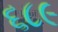
૬૮૯